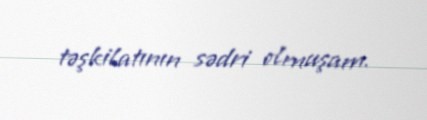
təşkilatının sədri olmuşam.